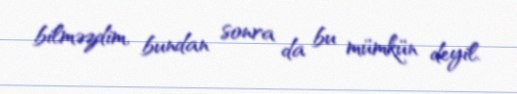
bilməzdim, bundan sonra da bu mümkün deyil.